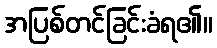
အပြစ်တင်ခြင်းခံရ၏။